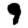
Digit: 9